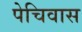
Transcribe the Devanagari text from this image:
पेचिवास